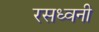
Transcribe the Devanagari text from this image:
रसध्वनी